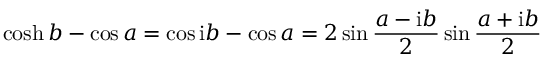
\cosh b - \cos a = \cos { \mathrm { i } b } - \cos a = 2 \sin \frac { a - \mathrm { i } b } 2 \sin \frac { a + \mathrm { i } b } 2